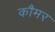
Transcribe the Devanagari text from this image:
कौमर